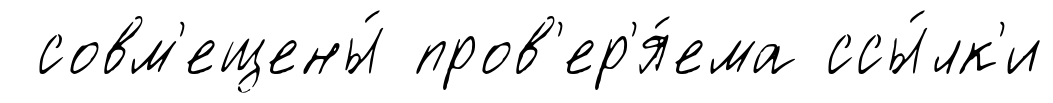
совм'ещены́ пров'ер'я́ема ссы́лк'и